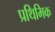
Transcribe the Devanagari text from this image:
प्रथिमिक